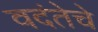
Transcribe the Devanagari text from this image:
वदंतेचे